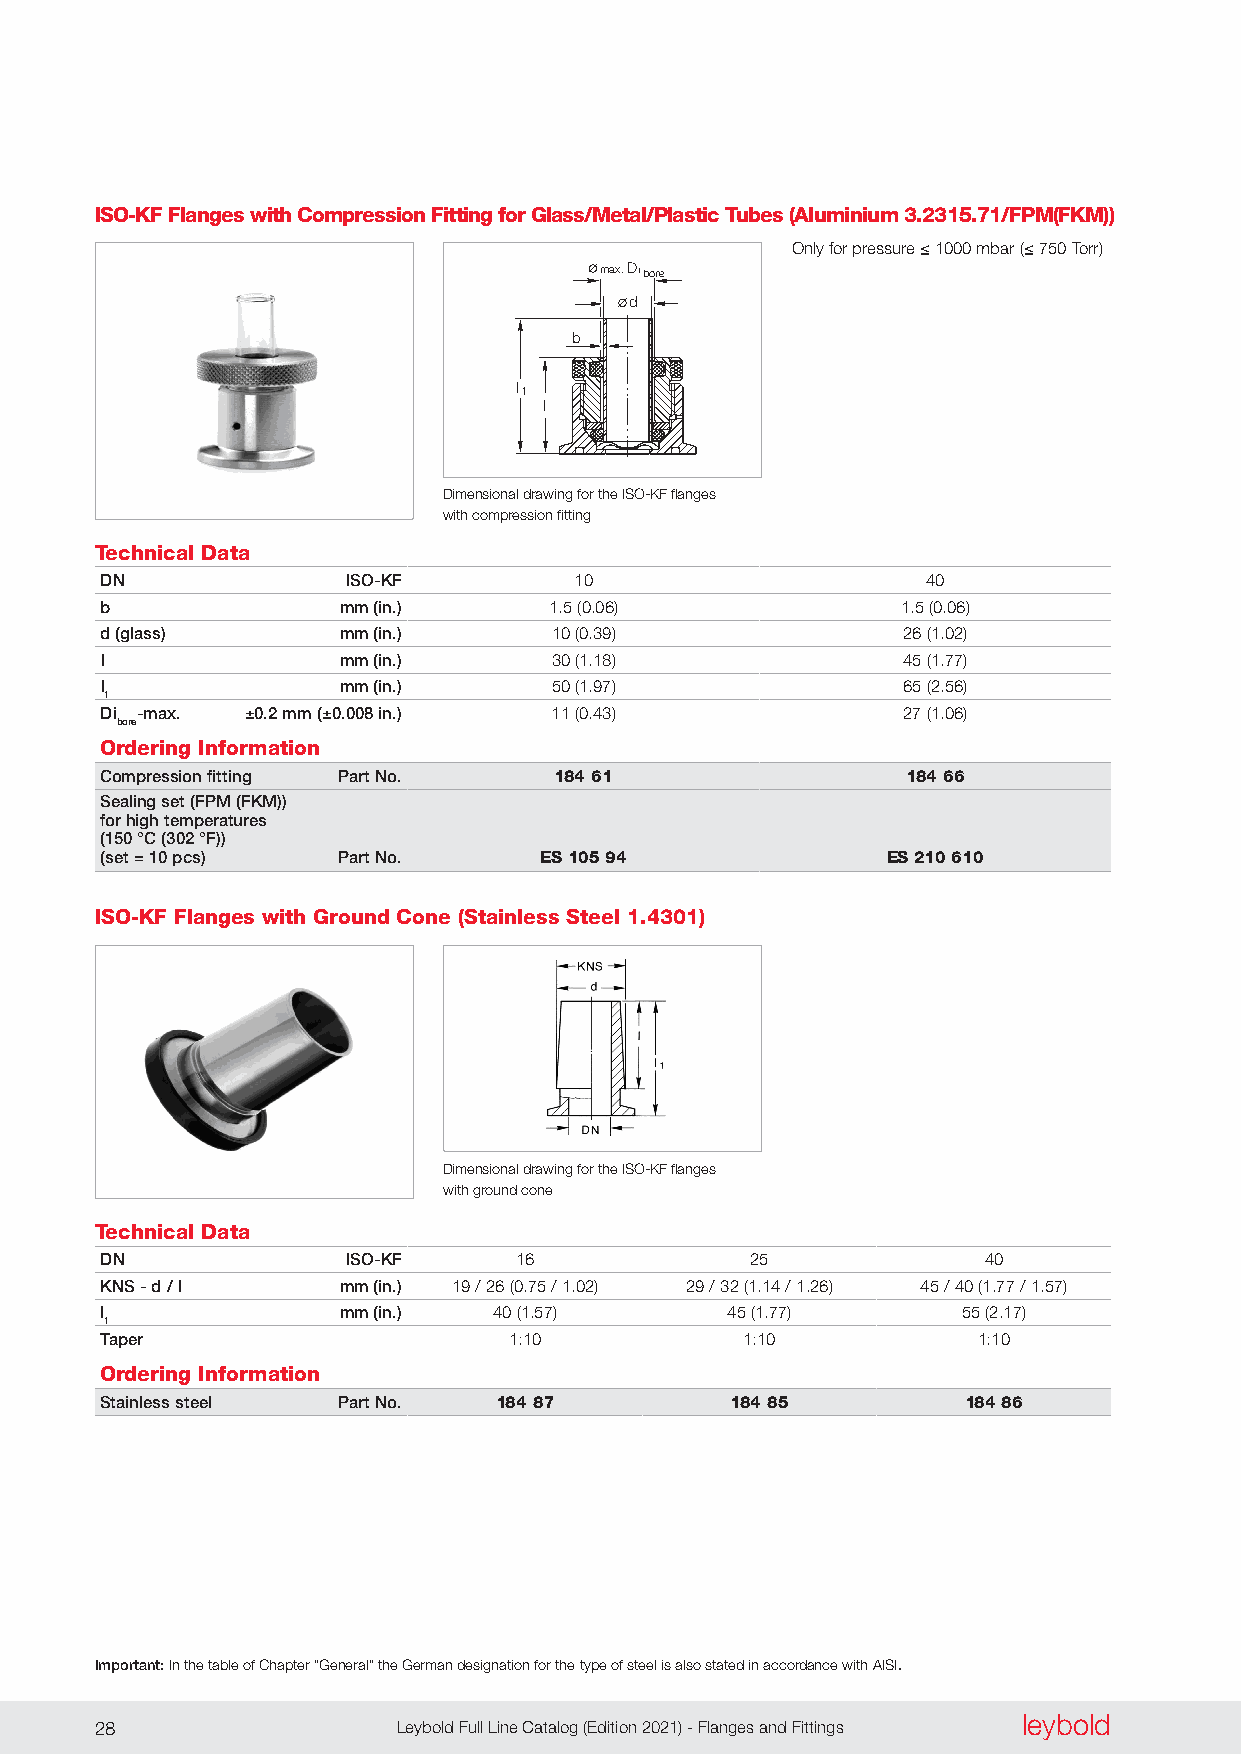
ISO-KF Flanges with Compression Fitting for Glass/Metal/Plastic Tubes (Aluminium 3.2315.71/FPM(FKM))
 Only for pressure ≤ 1000 mbar (≤ 750 Torr)
 max.Dibore
 d
 b
 l1
 l
 Dimensional drawing for the ISO-KF flanges
 with compression fitting
 Technical Data
 DN              ISO-KF         10                     40
 b               mm (in.)     1 .5 (0 .06)            1 .5 (0 .06)
 d (glass)       mm (in.)     10 (0 .39)              26 (1 .02)
 l               mm (in.)     30 (1 .18)              45 (1 .77)
 l               mm (in.)     50 (1 .97)              65 (2 .56)
 1
 Di -max. ±0.2 mm (±0.008 in.) 11 (0 .43)             27 (1 .06)
 bore
 Ordering Information
 Compression fitting Part No.  184 61                 184 66
 Sealing set (FPM (FKM))
 for high temperatures
 (150 °C (302 °F))
 (set = 10 pcs) Part No.      ES 105 94              ES 210 610
 ISO-KF Flanges with Ground Cone (Stainless Steel 1.4301)
 Dimensional drawing for the ISO-KF flanges
 with ground cone
 Technical Data
 DN              ISO-KF     16              25             40
 KNS - d / l     mm (in.) 19 / 26 (0 .75 / 1 .02) 29 / 32 (1 .14 / 1 .26) 45 / 40 (1 .77 / 1 .57)
 l               mm (in.)  40 (1 .57)     45 (1 .77)      55 (2 .17)
 1
 Taper                      1:10           1:10            1:10
 Ordering Information
 Stainless steel Part No.  184 87         184 85          184 86
 Important: In the table of Chapter “General” the German designation for the type of steel is also stated in accordance with AISI.
 leybold
 28                  Leybold Full Line Catalog (Edition 2021) - Flanges and Fittings